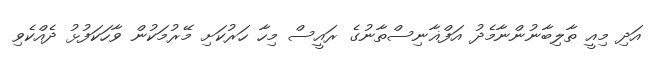
އަދި މިއީ ތާލިބާނުންނާމެދު އަފްޣާނިސްތާނުގެ ރައީސް މިހާ ހަރުކަށި މޭރުމަކުން ވާހަކަފުޅު ދެއްކެވި